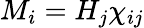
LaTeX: M_{i}=H_{j}\chi_{ij}